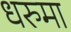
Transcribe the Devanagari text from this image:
धरुमा